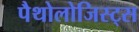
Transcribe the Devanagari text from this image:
पैथोलोजिस्ट्स